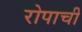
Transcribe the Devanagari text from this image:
रोपाची